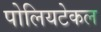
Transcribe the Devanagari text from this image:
पोलियटेकल